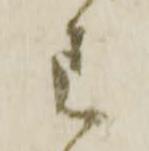
わ